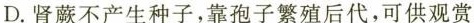
D.肾蕨不产生种子，靠孢子繁殖后代，可供观赏